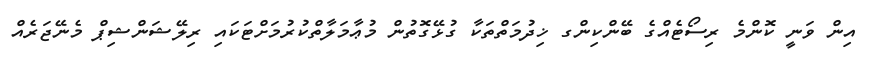
އިން ވަނީ ކޮންމެ ރިސޯޓެއްގެ ބޭންކިންގ ޚިދުމަތްތަކާ ގުޅޭގޮތުން މުޢާމަލާތްކުރުމަށްޓަކައި ރިލޭޝަންޝިޕް މެނޭޖަރެއް